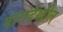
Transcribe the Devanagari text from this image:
नारादेखील